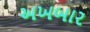
અખબાર